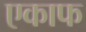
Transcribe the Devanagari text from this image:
एकाफ